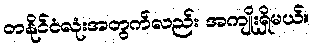
တနိုင်ငံလုံးအတွက်လည်း အကျိုးရှိမယ်။